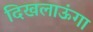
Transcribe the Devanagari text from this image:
दिखलाऊंगा